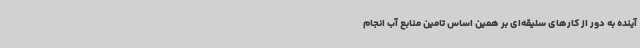
آینده به دور از کارهای سلیقه‌ای بر همین اساس تامین منابع آب انجام